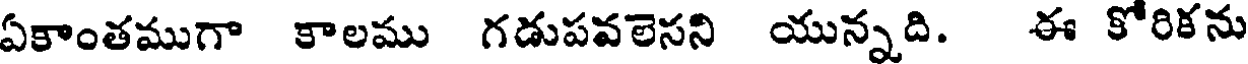
ఏకాంతముగా కాలము గడుపవలెసని యున్నది. ఈ కోరికను